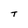
Character: T